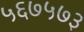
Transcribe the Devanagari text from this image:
५६७५७३